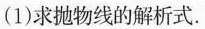
(1) 求抛物线的解析式.